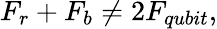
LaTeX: F_{r}+F_{b}\neq 2F_{qubit},